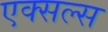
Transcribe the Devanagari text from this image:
एक्सल्स